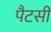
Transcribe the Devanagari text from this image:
पैटसी